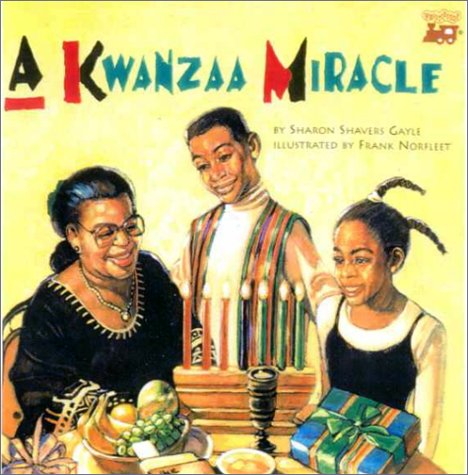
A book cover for A Kwanzaa Miracle; Sharon Shavers Gayle; Children's Books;